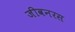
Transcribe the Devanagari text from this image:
जीवनरस